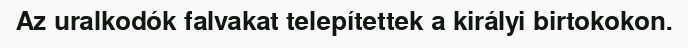
Az uralkodók falvakat telepítettek a királyi birtokokon.